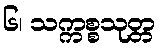
၆၊ သက္ကစ္စသုတ္တ